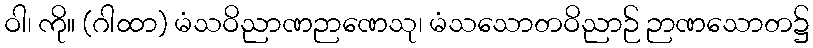
ဝါ၊ ကို။ (ဂါထာ) မံသဝိညာဏဉာဏေသု၊ မံသသောတဝိညာဉ် ဉာဏသောတ၌